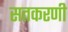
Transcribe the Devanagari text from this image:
सतकरणी